Civil Veterinary Dept. Bombay admin report 1907-1913 - 1907-1913
Year: 1907
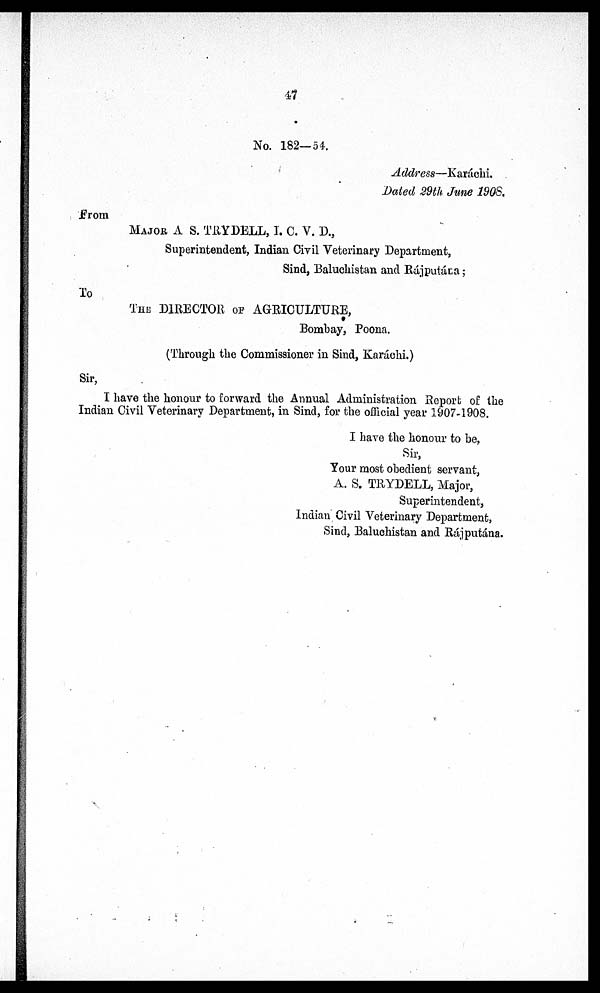
47
No. 182—54.
Address—Karáchi.
Dated 29th June 190S.
from
MAJOR A S. TRYDELL, I. C. V. D.,
Superintendent, Indian Civil Veterinary Department,
Sind, Baluchistan and Rájputána;
To
THE DIRECTOR OF AGRICULTURE,
Bombay, Poona.
(Through the Commissioner in Sind, Karachi.)
Sir,
I have the honour to forward the Annual Administration Report of the
Indian Civil Veterinary Department, in Sind, for the official year 1907-1908.
I have the honour to be,
Sir,
Your most obedient servant,
A. S. TRYDELL, Major,
Superintendent,
Indian Civil Veterinary Department,
Sind, Baluchistan and Rájputána.